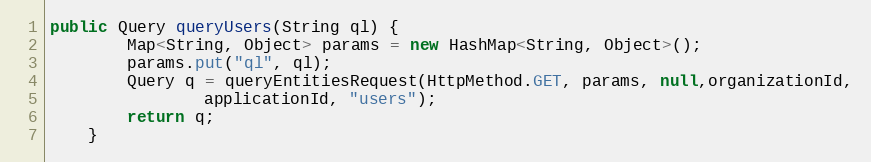
Language: Java
public Query queryUsers(String ql) {
        Map<String, Object> params = new HashMap<String, Object>();
        params.put("ql", ql);
        Query q = queryEntitiesRequest(HttpMethod.GET, params, null,organizationId,
                applicationId, "users");
        return q;
    }